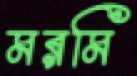
মরমি